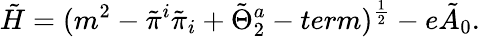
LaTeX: \tilde{H}=(m^{2}-\tilde{\pi}^{i}\tilde{\pi}_{i}+\tilde{\Theta}_{2}^{a}-term)^{{\frac{1}{2}}}-e\tilde{A}_{0}.